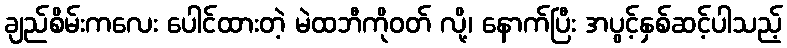
ချည်စိမ်းကလေး ပေါင်ထားတဲ့ မဲထဘီကိုဝတ် လို့၊ နောက်ပြီး အပွင့်နှစ်ဆင့်ပါသည့်